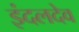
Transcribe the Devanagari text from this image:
इंदलदेव